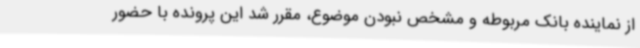
از نماینده بانک مربوطه و مشخص نبودن موضوع، مقرر شد این پرونده با حضور